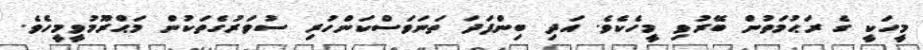
މީހަކީ ގެ ރަޙުމަތުން ބޭރުވި މީހެކެވެ. އަދި ބިންފަދަ ތަނަވަސްކަންހުރި ސުވަރުގެތަކުން މަޙްރޫމުވީމީހެވެ.